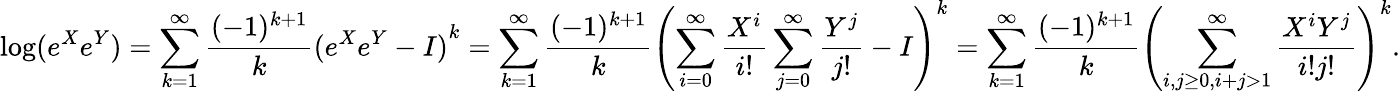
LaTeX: \log(e^{X}e^{Y})=\sum_{k=1}^{\infty}{\frac{(-1)^{k+1}}{k}}{(e^{X}e^{Y}-I)}^{k}=\sum_{k=1}^{\infty}{\frac{(-1)^{k+1}}{k}}\left({\sum_{i=0}^{\infty}{\frac{X^{i}}{i!}}\sum_{j=0}^{\infty}{\frac{Y^{j}}{j!}}-I}\right)^{k}=\sum_{k=1}^{\infty}{\frac{(-1)^{k+1}}{k}}\left(\sum_{i,j\geq 0,i+j>1}^{\infty}{\frac{X^{i}Y^{j}}{i!j!}}\right)^{k}.